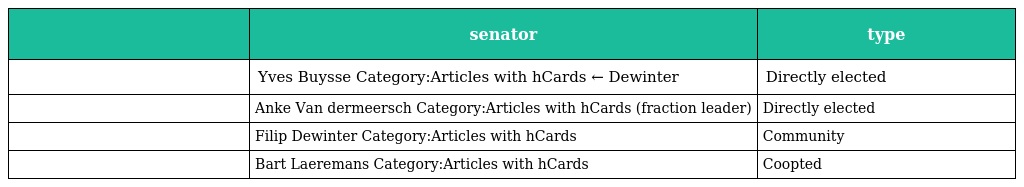
|  | senator | type |
 | --- | --- | --- |
 |  | Yves Buysse Category:Articles with hCards ← Dewinter | Directly elected |
 |  | Anke Van dermeersch Category:Articles with hCards (fraction leader) | Directly elected |
 |  | Filip Dewinter Category:Articles with hCards | Community |
 |  | Bart Laeremans Category:Articles with hCards | Coopted |